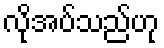
လိုအပ်သည်ဟု